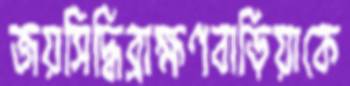
জয়সিদ্ধিব্রাহ্মণবাড়িয়াকে